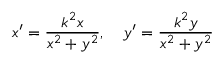
x ^ { \prime } = { \frac { k ^ { 2 } x } { x ^ { 2 } + y ^ { 2 } } } , \quad y ^ { \prime } = { \frac { k ^ { 2 } y } { x ^ { 2 } + y ^ { 2 } } }